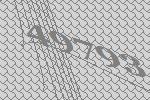
49793